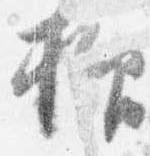
抑